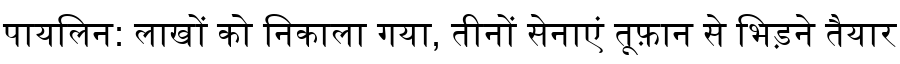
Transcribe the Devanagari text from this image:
पायलिन: लाखों को निकाला गया, तीनों सेनाएं तूफ़ान से भिड़ने तैयार